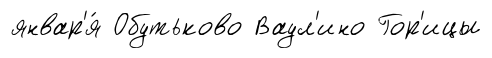
январ'я́ Обутьково Ваул'ино Гор'ицы